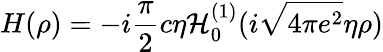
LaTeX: H(\rho)=-i\frac{\pi}{2}c\eta{\cal H}_{0}^{(1)}(i\sqrt{4\pi e^{2}}\eta\rho)